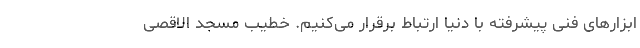
ابزارهای فنی پیشرفته با دنیا ارتباط برقرار می‌کنیم. خطیب مسجد الاقصی